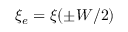
\xi _ { e } = \xi ( \pm W / 2 )